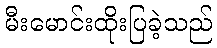
မီးမောင်းထိုးပြခဲ့သည်